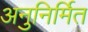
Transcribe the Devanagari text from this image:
अनुनिर्मित